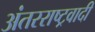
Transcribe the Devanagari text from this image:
अंतरराष्ट्रवादी